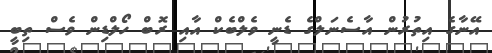
އޭނާގެ އިތުރުން އާސެނަލްގެ ޑެނީ ވެލްބެކް އާއި ރޮބް ހޯލްޑިން ވެސް ތިބީ